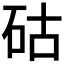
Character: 𥑮